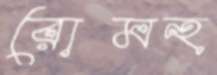
রোমন্হ